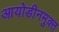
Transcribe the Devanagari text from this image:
आयोडीनमुक्त